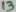
Text: 13